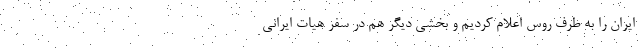
ایران را به طرف روس اعلام کردیم و بخشی دیگر هم در سفر هیات ایرانی